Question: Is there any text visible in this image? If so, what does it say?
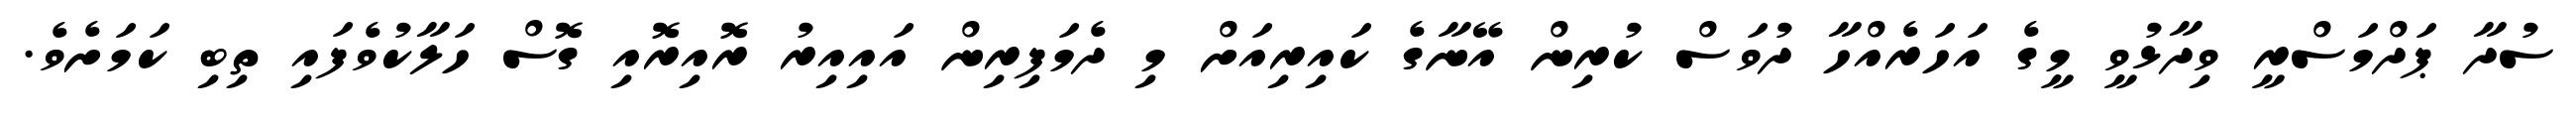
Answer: ސުދާ ޕަދްމަސްރީ ވިދާޅުވީ މީގެ އަހަރެއްހާ ދުވަސް ކުރިން އޭނާގެ ކައިރިއަށް މި ދެމަފިރިން އައިއިރު ރޮއިރޮއި ގޮސް ހަލާކުވެފައި ތިބި ކަމަށެވެ.